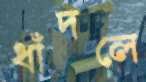
ধাঁদলে